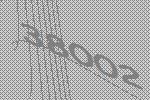
38002